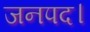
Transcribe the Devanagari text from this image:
जनपद।